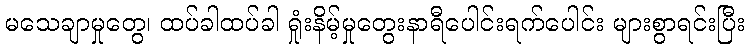
မသေချာမှုတွေ၊ ထပ်ခါထပ်ခါ ရှုံးနိမ့်မှုတွေးနာရီပေါင်းရက်ပေါင်း များစွာရင်းပြီး